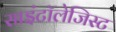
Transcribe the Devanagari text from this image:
साइंटॉलेजिस्ट